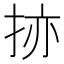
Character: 𫼬